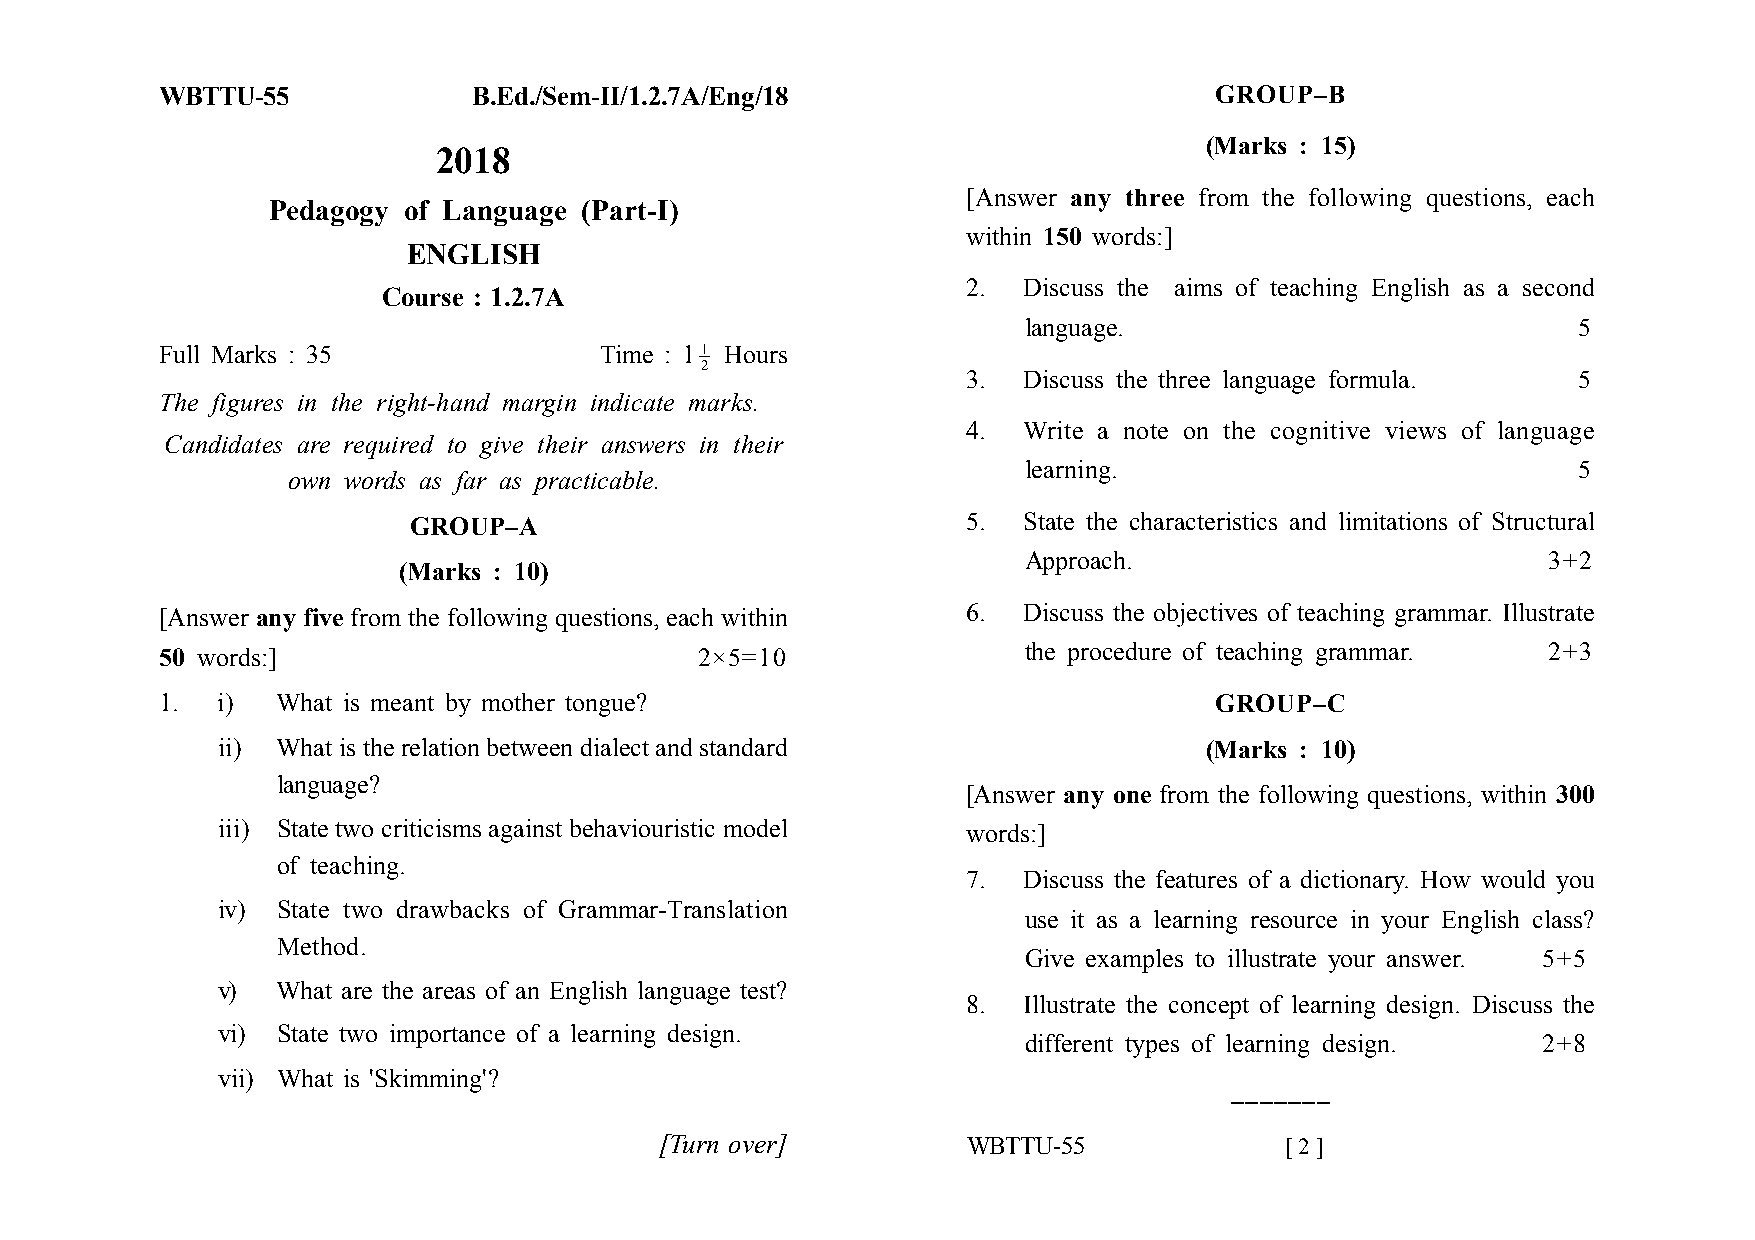
WBTTU-55            B.Ed./Sem-II/1.2.7A/Eng/18                       GROUP–B
 (Marks : 15)
 2018
 [Answer any three from the following questions, each
 Pedagogy of Language (Part-I)
 within 150 words:]
 ENGLISH
 2.  Discuss the aims of teaching English as a second
 Course : 1.2.7A
 language.                           5
 Full Marks : 35              Time : 11 Hours
 2
 3.  Discuss the three language formula. 5
 The figures in the right-hand margin indicate marks.
 4.  Write a note on the cognitive views of language
 Candidates are required to give their answers in their
 learning.                           5
 own words as far as practicable.
 GROUP–A                              5.  State the characteristics and limitations of Structural
 Approach.                         3+2
 (Marks : 10)
 [Answer any five from the following questions, each within 6. Discuss the objectives of teaching grammar. Illustrate
 50 words:]                         2×5=10                the procedure of teaching grammar. 2+3
 1. i)  What is meant by mother tongue?                               GROUP–C
 ii) What is the relation between dialect and standard             (Marks : 10)
 language?
 [Answer any one from the following questions, within 300
 iii) State two criticisms against behaviouristic model words:]
 of teaching.
 7.  Discuss the features of a dictionary. How would you
 iv) State two drawbacks of Grammar-Translation
 use it as a learning resource in your English class?
 Method.
 Give examples to illustrate your answer. 5+5
 v)  What are the areas of an English language test?
 8.  Illustrate the concept of learning design. Discuss the
 vi) State two importance of a learning design.
 different types of learning design. 2+8
 vii) What is 'Skimming'?
 _______
 [Turn over]         WBTTU-55             [ 2 ]